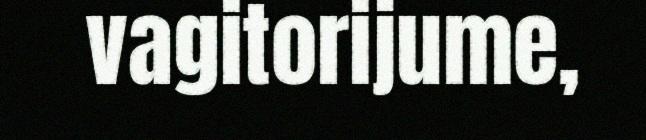
vagitorijume,